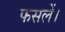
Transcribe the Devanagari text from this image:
फसलें।